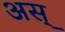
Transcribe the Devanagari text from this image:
अस्‌